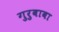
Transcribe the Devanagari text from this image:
गुरुबाबा